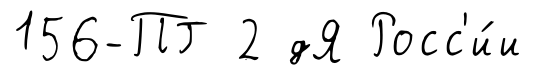
156-ПГ 2 дЯ Росс'и́и